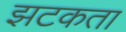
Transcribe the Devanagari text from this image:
झटकता